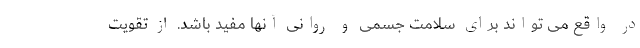
در واقع می تواند برای سلامت جسمی و روانی آنها مفید باشد. از تقویت